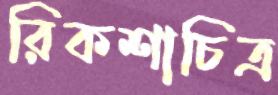
রিকশাচিত্র